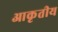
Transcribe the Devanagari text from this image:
आकृतीय